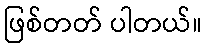
ဖြစ်တတ် ပါတယ်။